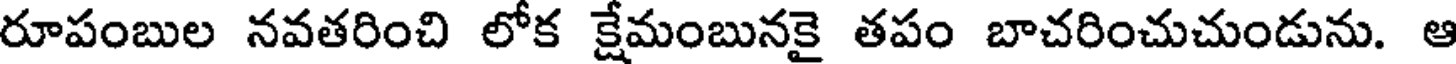
రూపంబుల నవతరించి లోక క్షేమంబునకై తపం బాచరించుచుండును. ఆ